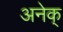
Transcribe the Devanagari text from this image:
अनेक्